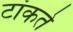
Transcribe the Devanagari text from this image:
टांकते